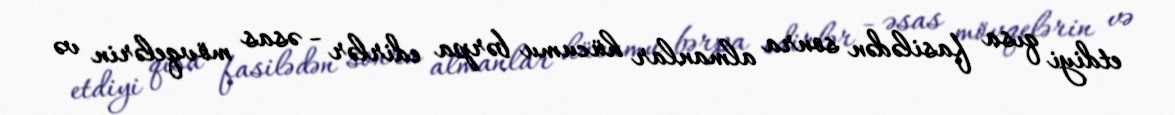
etdiyi qısa fasilədən sonra almanlar hücumu bərpa edirlər - əsas mövqelərin və